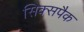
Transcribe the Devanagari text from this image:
सिक्सपैक